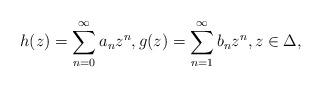
LaTeX: \begin{align*}h(z) = \sum_{n=0}^{\infty} a_n z^n,g(z) = \sum_{n=1}^{\infty} b_n z^n,z\in\Delta,\end{align*}